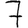
Digit: 7